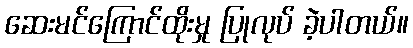
ဆေးမင်ကြောင်ထိုးမှု ပြုလုပ် ခဲ့ပါတယ်။